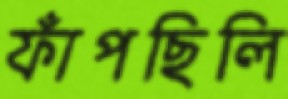
ফাঁপছিলি